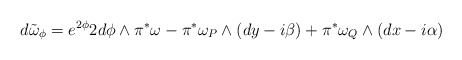
\begin{align*}d\tilde{\omega}_{\phi}=e^{2\phi}2d\phi\wedge\pi^{\ast}\omega-\pi^{\ast}\omega_P \wedge (dy-i\beta)+\pi^{\ast}\omega_Q\wedge (dx-i\alpha)\end{align*}